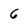
Character: 6